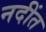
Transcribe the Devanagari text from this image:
नदींत